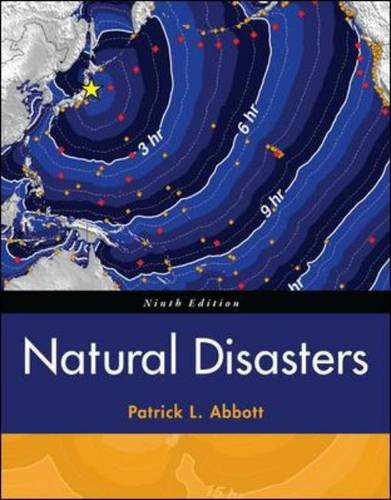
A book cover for Natural Disasters; Patrick Leon Abbott; Science & Math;